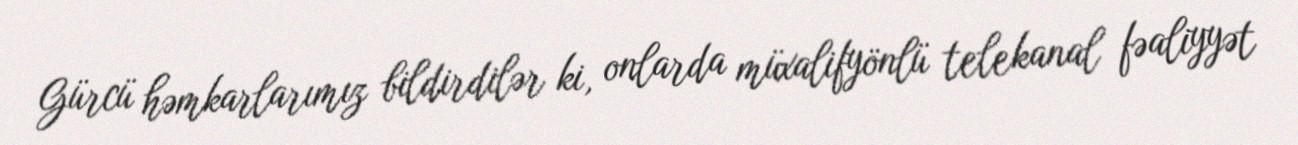
Gürcü həmkarlarımız bildirdilər ki, onlarda müxalifyönlü telekanal fəaliyyət